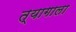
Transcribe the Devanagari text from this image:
त्यागाला